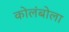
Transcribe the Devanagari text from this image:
कोलंबोला